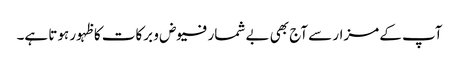
آپ کے مزار سے آج بھی بے شمار فیوض و برکات کا ظہور ہوتا ہے۔